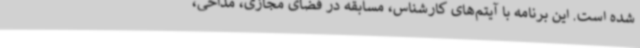
شده است. این برنامه با آیتم‌های کارشناس، مسابقه در فضای مجازی، مداحی،